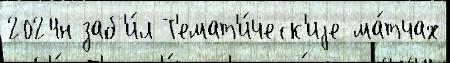
2024н заб'и́л Т'емат'и́ческ'иjе ма́тчах